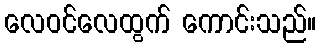
လေဝင်လေထွက် ကောင်းသည်။